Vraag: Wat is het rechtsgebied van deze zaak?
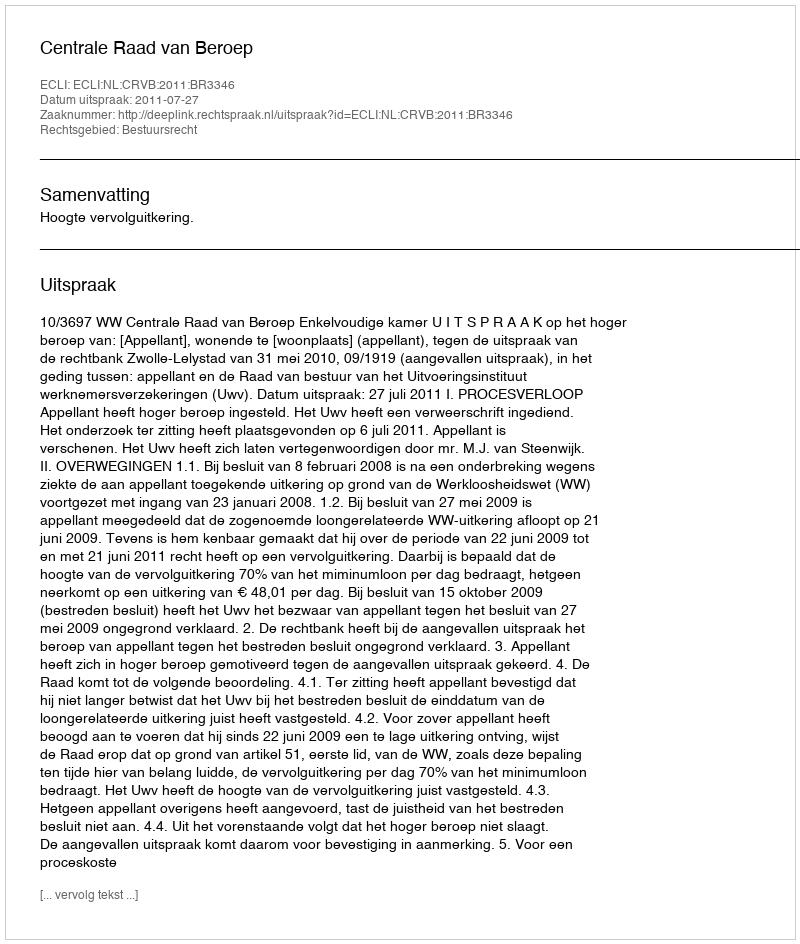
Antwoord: Bestuursrecht